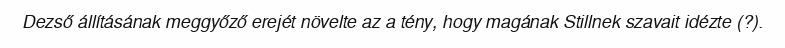
Dezső állításának meggyőző erejét növelte az a tény, hogy magának Stillnek szavait idézte (?).